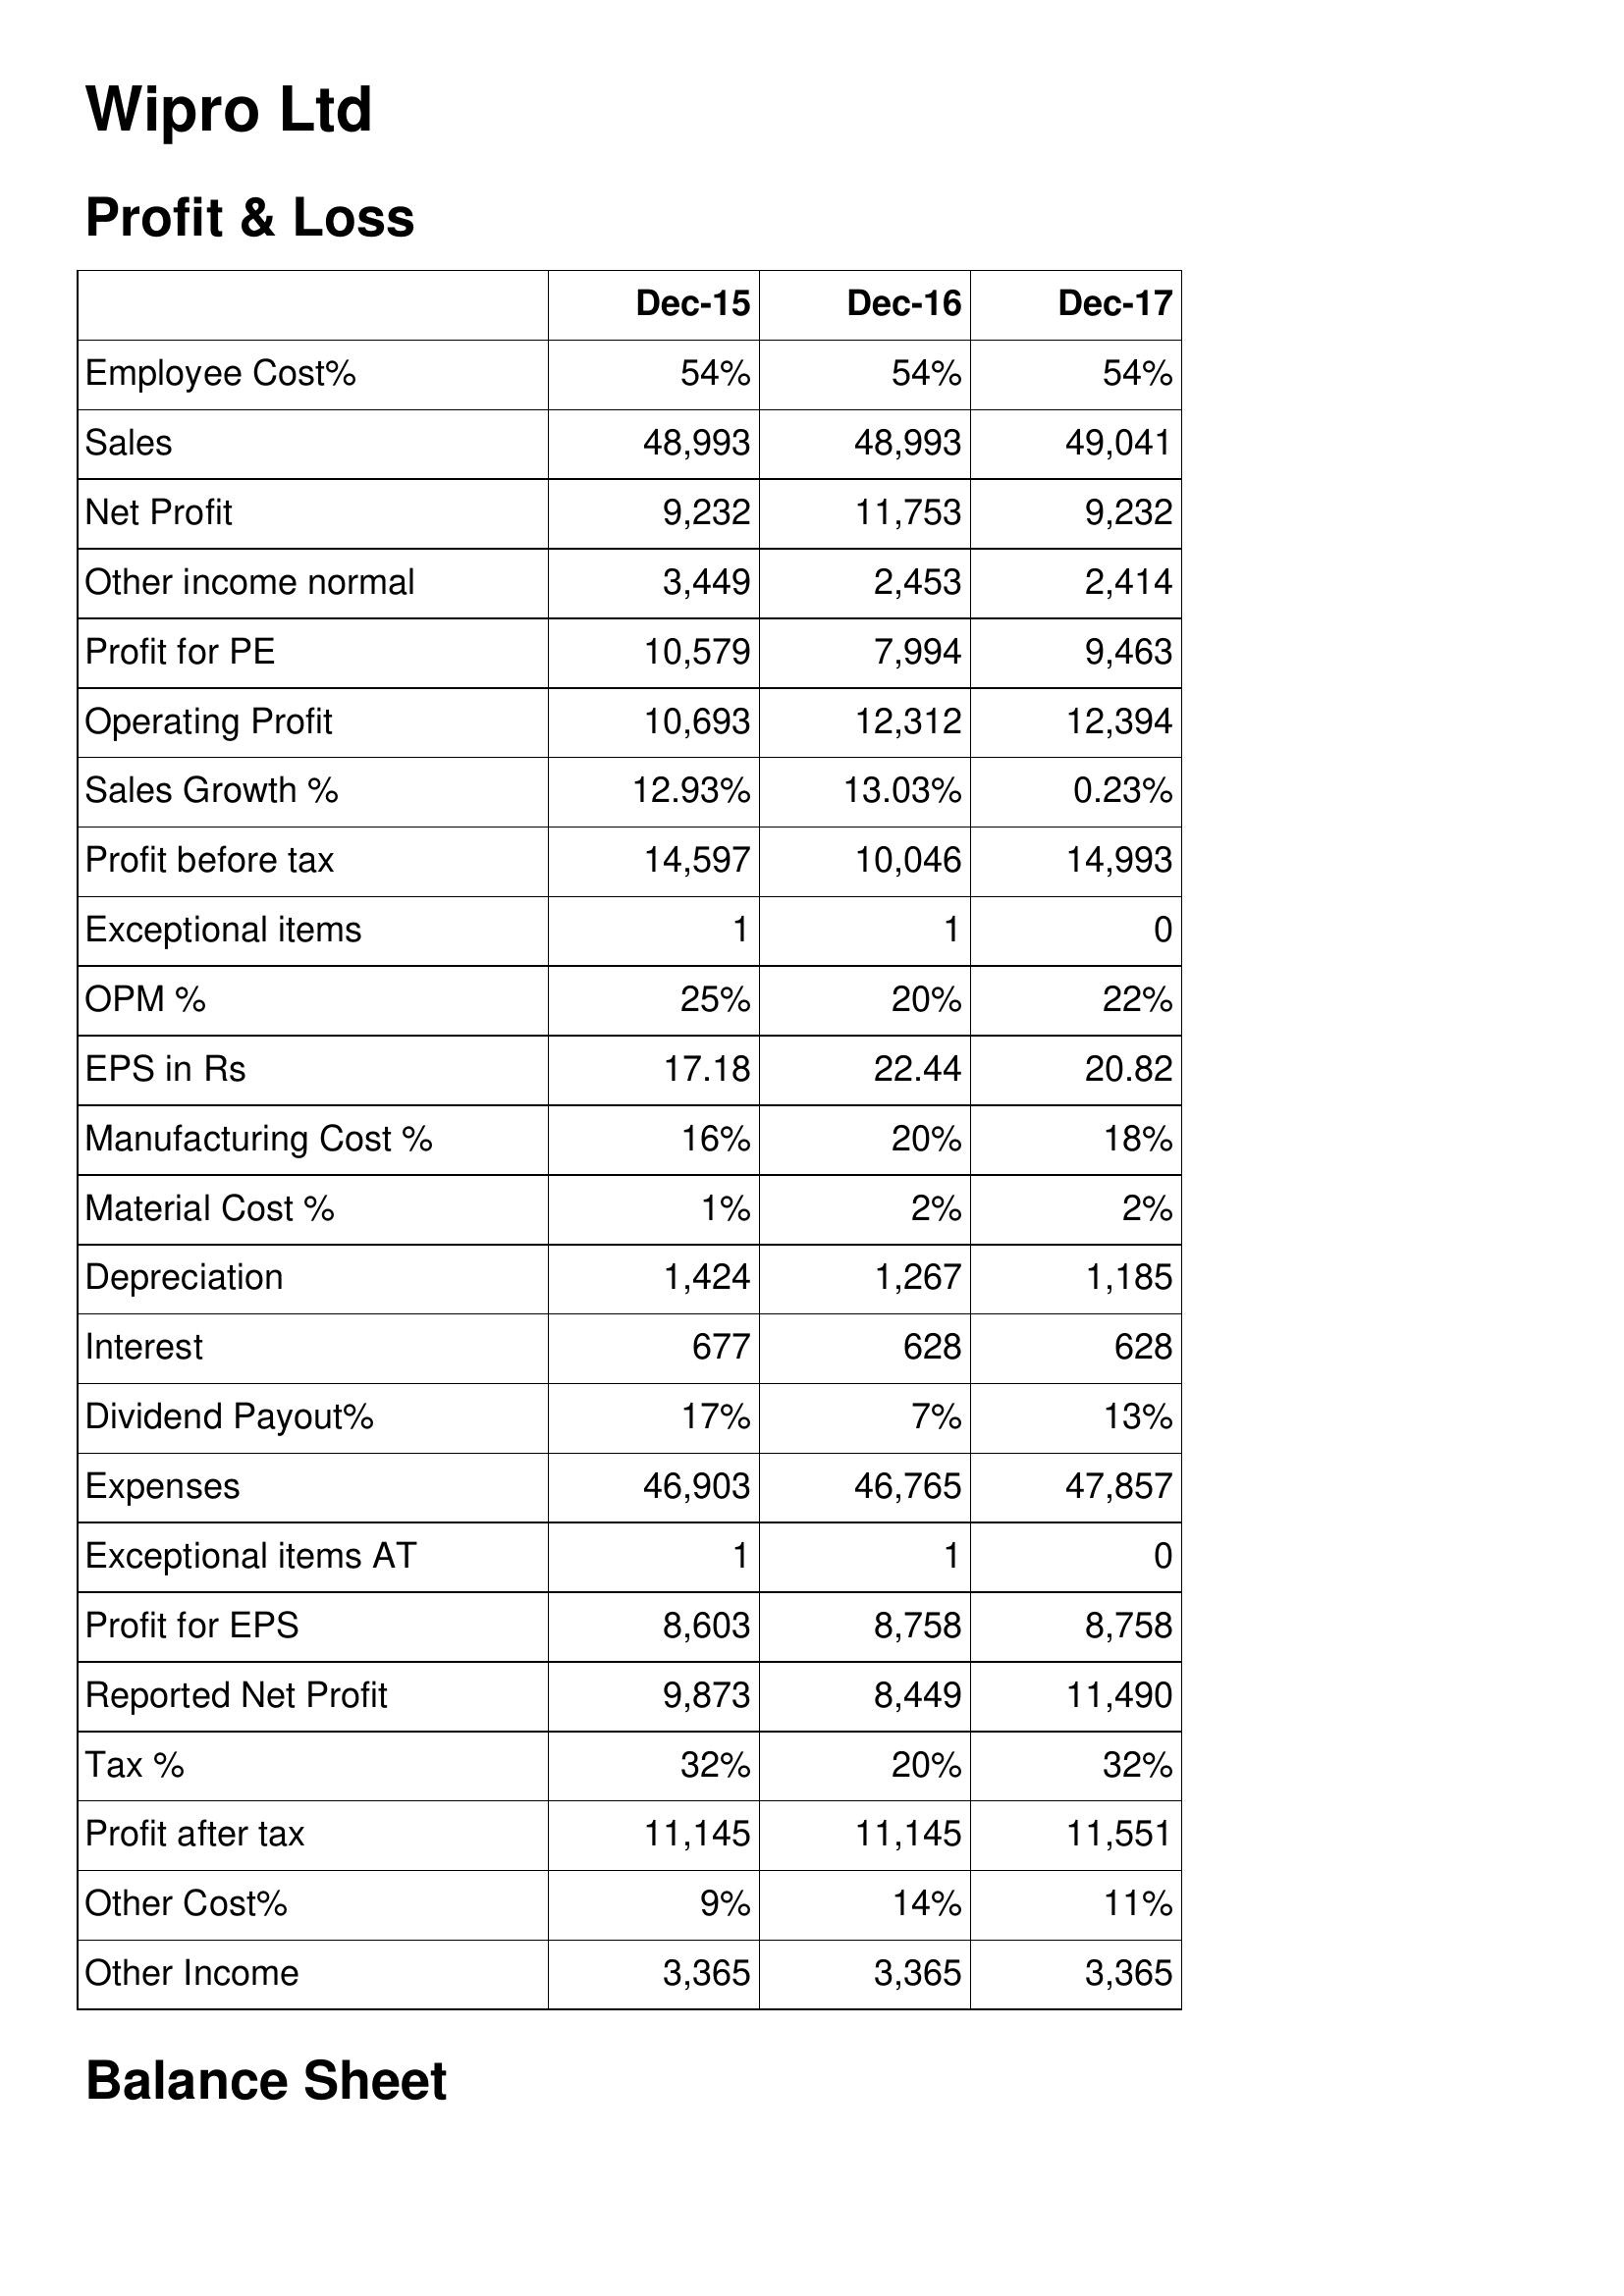
Dec-15: Profit & Loss: Employee Cost%: 54%
Sales: 48,993
Net Profit: 9,232
Other income normal: 3,449
Profit for PE: 10,579
Operating Profit: 10,693
Sales Growth %: 12.93%
Profit before tax: 14,597
Exceptional items: 1
OPM %: 25%
EPS in Rs: 17.18
Manufacturing Cost %: 16%
Material Cost %: 1%
Depreciation: 1,424
Interest: 677
Dividend Payout%: 17%
Expenses: 46,903
Exceptional items AT: 1
Profit for EPS: 8,603
Reported Net Profit: 9,873
Tax %: 32%
Profit after tax: 11,145
Other Cost%: 9%
Other Income: 3,365
Dec-16: Profit & Loss: Employee Cost%: 54%
Sales: 48,993
Net Profit: 11,753
Other income normal: 2,453
Profit for PE: 7,994
Operating Profit: 12,312
Sales Growth %: 13.03%
Profit before tax: 10,046
Exceptional items: 1
OPM %: 20%
EPS in Rs: 22.44
Manufacturing Cost %: 20%
Material Cost %: 2%
Depreciation: 1,267
Interest: 628
Dividend Payout%: 7%
Expenses: 46,765
Exceptional items AT: 1
Profit for EPS: 8,758
Reported Net Profit: 8,449
Tax %: 20%
Profit after tax: 11,145
Other Cost%: 14%
Other Income: 3,365
Dec-17: Profit & Loss: Employee Cost%: 54%
Sales: 49,041
Net Profit: 9,232
Other income normal: 2,414
Profit for PE: 9,463
Operating Profit: 12,394
Sales Growth %: 0.23%
Profit before tax: 14,993
Exceptional items: 0
OPM %: 22%
EPS in Rs: 20.82
Manufacturing Cost %: 18%
Material Cost %: 2%
Depreciation: 1,185
Interest: 628
Dividend Payout%: 13%
Expenses: 47,857
Exceptional items AT: 0
Profit for EPS: 8,758
Reported Net Profit: 11,490
Tax %: 32%
Profit after tax: 11,551
Other Cost%: 11%
Other Income: 3,365